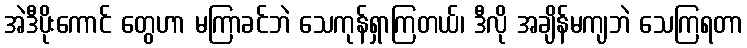
အဲဒီပိုးကောင် တွေဟာ မကြာခင်ဘဲ သေကုန်ရှာကြတယ်၊ ဒီလို အချိန်မကျဘဲ သေကြရတာ